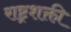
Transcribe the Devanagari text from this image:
राष्ट्रशक्ती